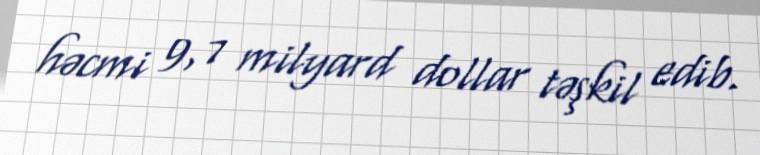
həcmi 9,7 milyard dollar təşkil edib.